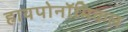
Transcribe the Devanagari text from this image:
हायपोनॉमिकल